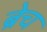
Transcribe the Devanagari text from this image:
ब्रेच